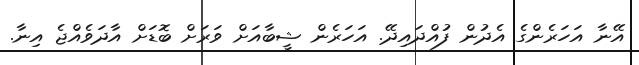
އޭނާ އަހަރެންގެ އެދުން ފުއްދައިދޭ. އަހަރެން ޝީބާއަށް ވަރަށް ބޮޑަށް އާދަވެއްޖެ އިނާ.